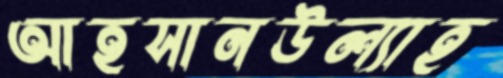
আহসানউল্যাহ